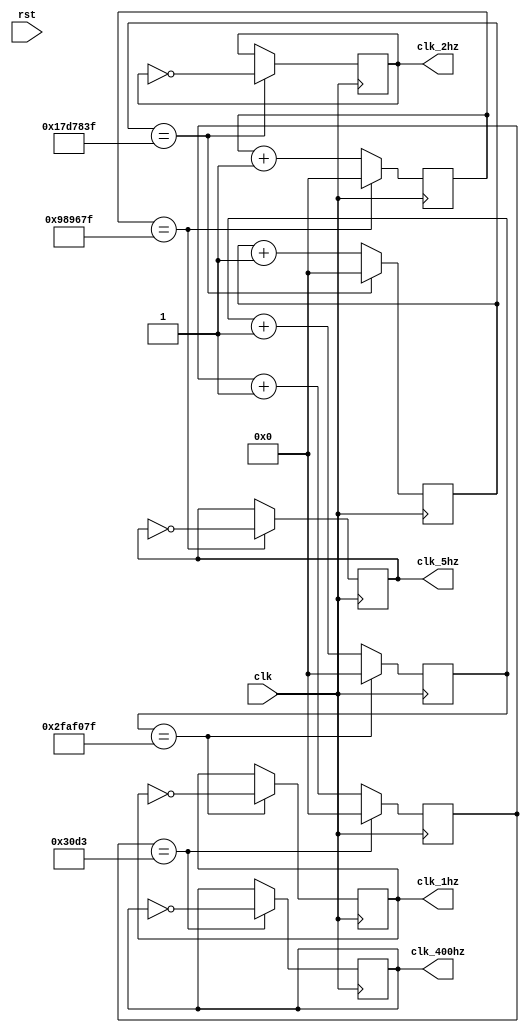
`timescale 1ns / 1ps
//////////////////////////////////////////////////////////////////////////////////
// Company: 
// Engineer: 
// 
// Design Name: 
// Module Name:    clock_generator 
// Project Name: 
// Target Devices: 
// Tool versions: 
// Description: 
//
// Dependencies: 
//
// Revision: 
// Revision 0.01 - File Created
// Additional Comments: 
//
//////////////////////////////////////////////////////////////////////////////////
module clock_generator(clk, rst, clk_1hz, clk_2hz, clk_5hz, clk_400hz
    );
	input clk, rst;
	output reg clk_1hz = 0, clk_2hz = 0, clk_5hz = 0, clk_400hz = 0;
	
	//Clock Speed is 100MHz
	parameter CLOCK_SPEED = 100000000 >> 1;
	parameter CLOCK_SPEED_2HZ = 50000000 >> 1;
	parameter CLOCK_SPEED_5HZ = 20000000 >> 1;
	parameter CLOCK_SPEED_400HZ = 25000 >> 1;
	
	//Count to CLOCK_SPEED/n to get n Hz clock.
	reg [31:0] clk_1hz_counter = 0;
	reg [31:0] clk_2hz_counter = 0;
	reg [31:0] clk_5hz_counter = 0;
	reg [31:0] clk_400hz_counter = 0;
		
	always @(posedge clk) begin

			if (clk_1hz_counter == CLOCK_SPEED - 1) begin
				clk_1hz <= ~clk_1hz;
				clk_1hz_counter <= 0;
			end
			else begin
				clk_1hz <= clk_1hz;
				clk_1hz_counter <= clk_1hz_counter + 1;
			end
			if (clk_2hz_counter == CLOCK_SPEED_2HZ - 1) begin
				clk_2hz <= ~clk_2hz;
				clk_2hz_counter <= 0;
			end
			else begin
				clk_2hz <= clk_2hz;
				clk_2hz_counter <= clk_2hz_counter + 1;
			end
			if (clk_5hz_counter == CLOCK_SPEED_5HZ - 1) begin
				clk_5hz <= ~clk_5hz;
				clk_5hz_counter <= 0;
			end
			else begin
				clk_5hz <= clk_5hz;
				clk_5hz_counter <= clk_5hz_counter + 1;
			end
			if (clk_400hz_counter == CLOCK_SPEED_400HZ - 1) begin
				clk_400hz <= ~clk_400hz;
				clk_400hz_counter <= 0;
			end
			else begin
				clk_400hz <= clk_400hz;
				clk_400hz_counter <= clk_400hz_counter + 1;
			end
	end


endmodule